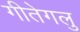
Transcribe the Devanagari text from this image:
गीतेगलु